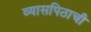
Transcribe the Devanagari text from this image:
व्यासपिठाची